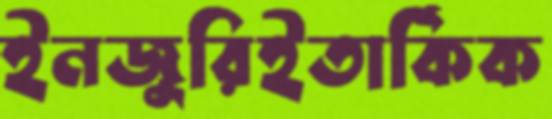
ইনজুরিইতার্কিক